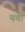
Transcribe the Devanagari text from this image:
यची